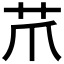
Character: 𦬔